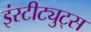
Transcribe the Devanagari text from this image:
इंस्टीट्युट्स